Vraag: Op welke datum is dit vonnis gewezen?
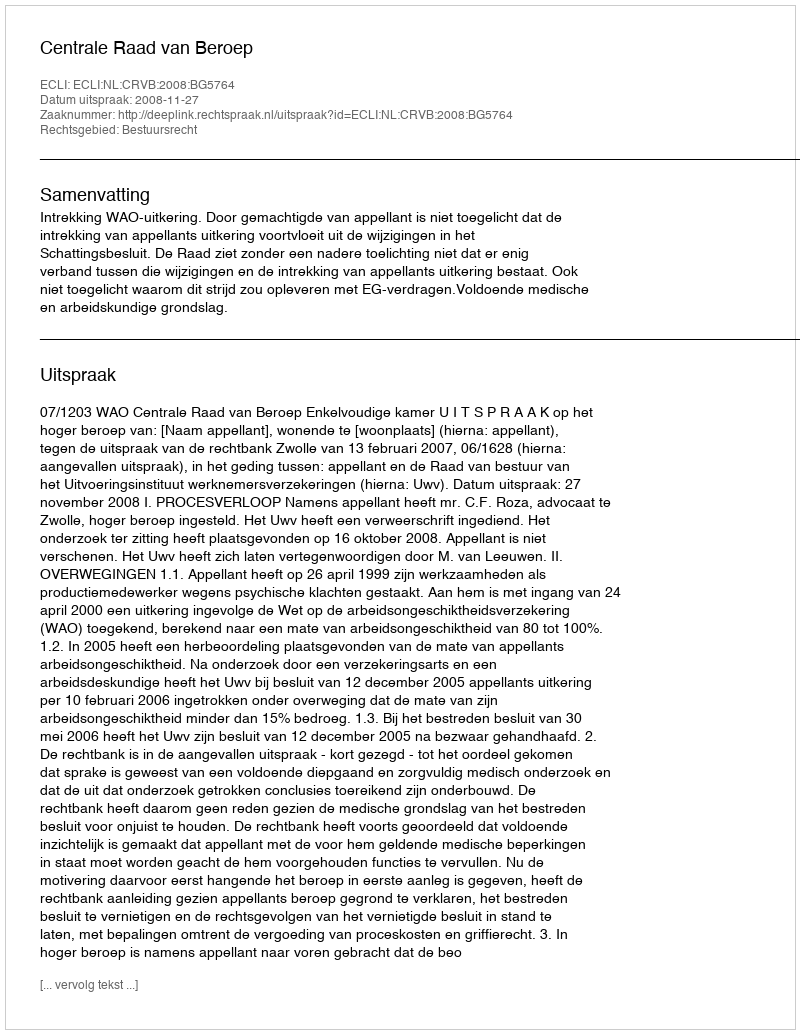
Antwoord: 2008-11-27